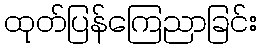
ထုတ်ပြန်ကြေညာခြင်း